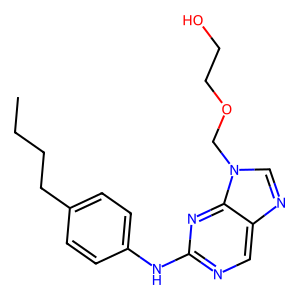
SMILES: CCCCc1ccc(Nc2ncc3ncn(COCCO)c3n2)cc1
Inhibits HIV replication: No